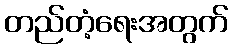
တည်တံ့ရေးအတွက်